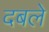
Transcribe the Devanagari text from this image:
दबले